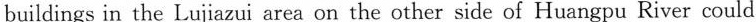
buildings in the Lujiazui area on the other side of Huangpu River could